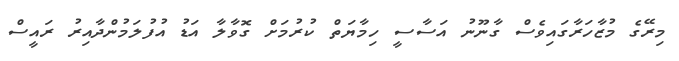
މިރޭގެ މުޒާހަރާގައިވެސް ގާނޫނު އަސާސީ ހިމާޔަތް ކުރުމަށް ގޮވާލާ އަޑު އުފުލަމުންދާއިރު ރައީސް